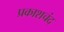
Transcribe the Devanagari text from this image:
प्रकाशचंद